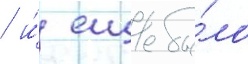
/ и́ еще бы́ло